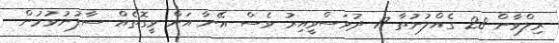
ރިލްވާން 28 ގެއްލުނުތާ 17 ދުވަސްވީއިރު ވެސް އޭނާ އަށް ވީގޮތެއް ސާފުނުވުމުން